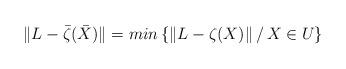
LaTeX: \begin{align*}\|L-\bar{\zeta}(\bar{X}) \|=min\left\{\|L-\zeta(X) \| \,/ \,X\in U \right\} \end{align*}